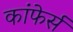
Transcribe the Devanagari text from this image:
कांफेर्स